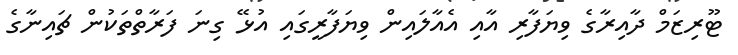
ޓޫރިޒަމް ދާއިރާގެ ވިޔަފާރި އާއި އެއާލައިން ވިޔަފާރީގައި އުޅޭ ގިނަ ފަރާތްތަކުން ޗައިނާގެ